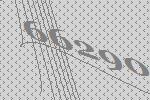
66290